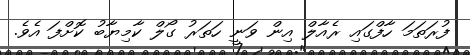
ފުރަތަމަ ހާފްގައި ރެއާލް އިން ވަނީ ހަތަރު ގޯލް ކާމިޔާބު ކޮށްފަ އެވެ.